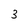
Character: 3